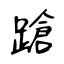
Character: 蹌